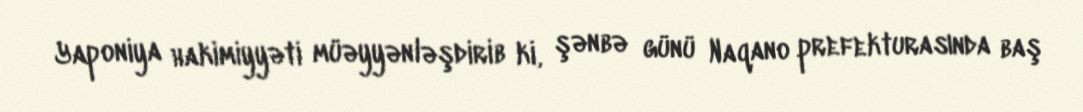
Yaponiya hakimiyyəti müəyyənləşdirib ki, şənbə günü Naqano prefekturasında baş